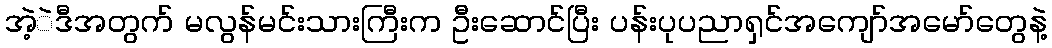
အဲ့ဲဒီအတွက် မလွန်မင်းသားကြီးက ဦးဆောင်ပြီး ပန်းပုပညာရှင်အကျော်အမော်တွေနဲ့